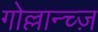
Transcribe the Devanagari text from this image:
गोल्लान्च्ज़